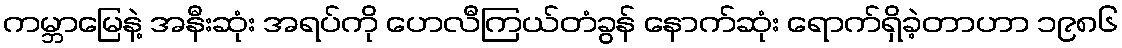
ကမ္ဘာမြေနဲ့ အနီးဆုံး အရပ်ကို ဟေလီကြယ်တံခွန် နောက်ဆုံး ရောက်ရှိခဲ့တာဟာ ၁၉၈၆